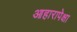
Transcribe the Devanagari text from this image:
आहारापेक्षा